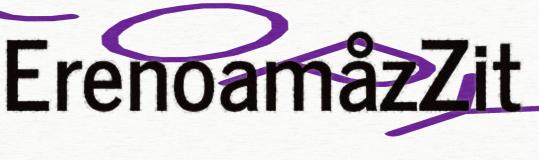
ErenoamåzZit